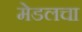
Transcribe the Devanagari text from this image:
मेडलचा